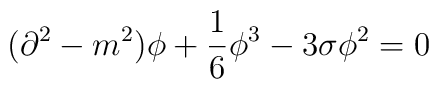
(\partial^2-m^2)\phi+\frac{1}{6}\phi^3-3\sigma \phi ^2=0